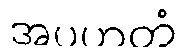
အပဟတံ